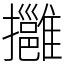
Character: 𢹬